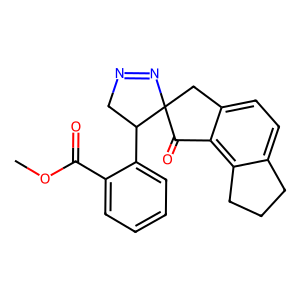
SMILES: COC(=O)c1ccccc1C1CN=NC12Cc1ccc3c(c1C2=O)CCC3
Inhibits HIV replication: No